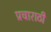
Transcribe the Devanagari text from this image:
प्रचाराठी